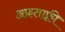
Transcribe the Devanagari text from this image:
अफ्रताफ़्री